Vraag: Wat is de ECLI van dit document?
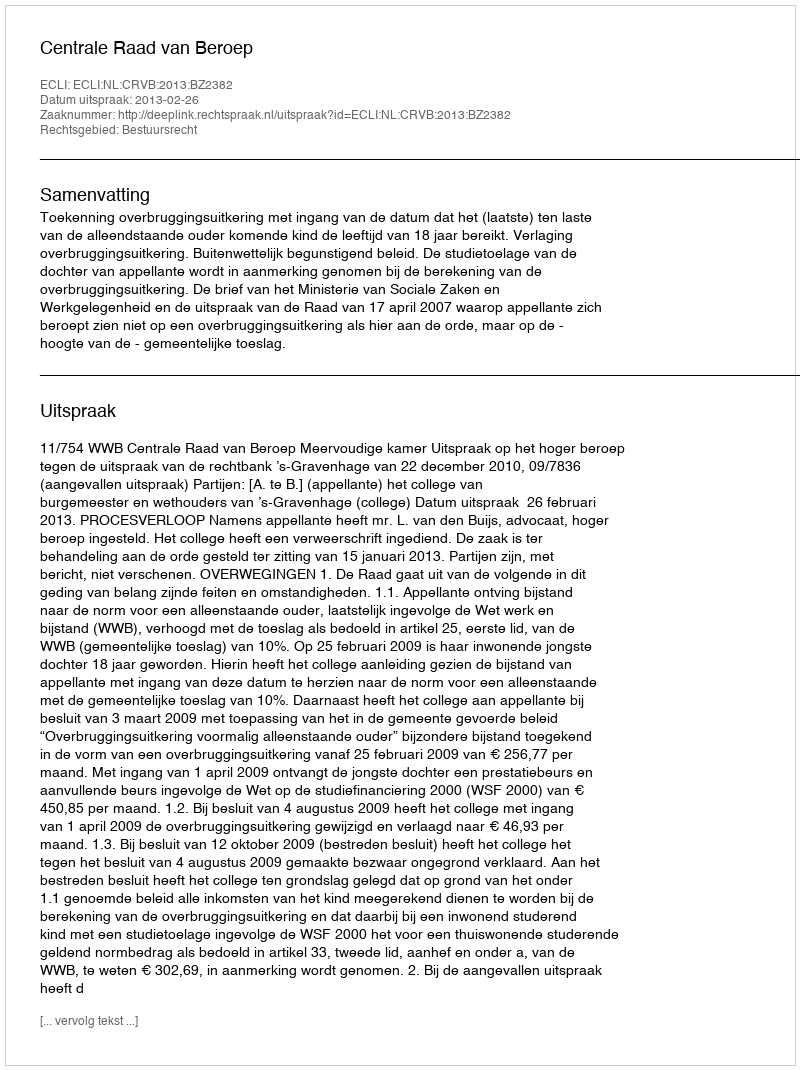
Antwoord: ECLI:NL:CRVB:2013:BZ2382